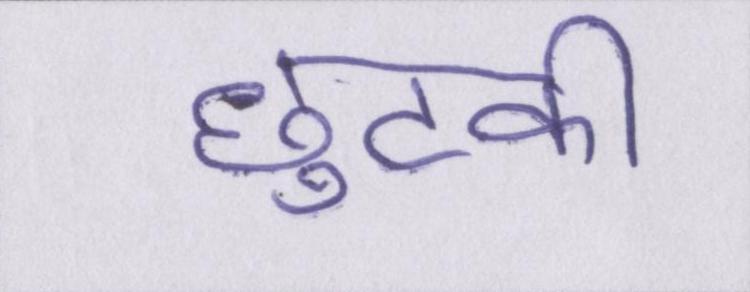
छुटकी